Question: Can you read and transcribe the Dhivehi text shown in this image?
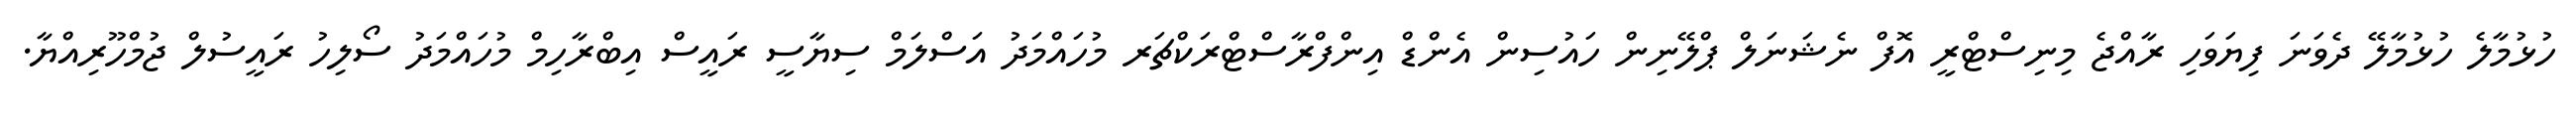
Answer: ހުޅުމާލެ ހުޅުމާލޭ ދެވަނަ ފިޔަވަހި ރާއްޖެ މިނިސްޓްރީ އޮފް ނެޝަނަލް ޕްލޭނިން ހައުސިން އެންޑް އިންފްރާސްޓްރަކްޗަރ މުހައްމަދު އަސްލަމް ސިޔާސީ ރައީސް އިބްރާހިމް މުހައްމަދު ސޯލިހު ރައީސުލް ޖުމްހޫރިއްޔާ.